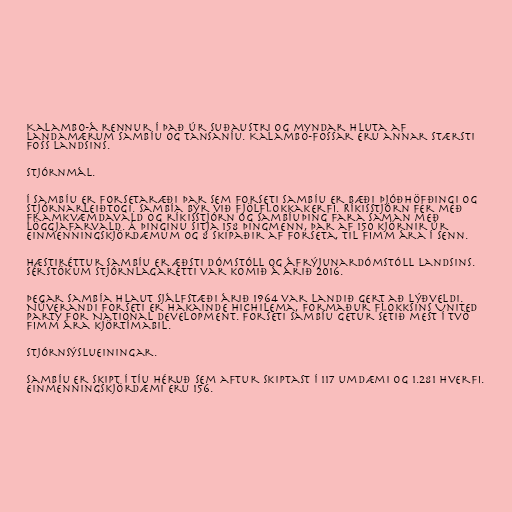
Kalambo-á rennur í það úr suðaustri og myndar hluta af
landamærum Sambíu og Tansaníu. Kalambo-fossar eru annar stærsti
foss landsins.

Stjórnmál.

Í Sambíu er forsetaræði þar sem forseti Sambíu er bæði þjóðhöfðingi og
stjórnarleiðtogi. Sambía býr við fjölflokkakerfi. Ríkisstjórn fer með
framkvæmdavald og ríkisstjórn og Sambíuþing fara saman með
löggjafarvald. Á þinginu sitja 158 þingmenn, þar af 150 kjörnir úr
einmenningskjördæmum og 8 skipaðir af forseta, til fimm ára í senn.

Hæstiréttur Sambíu er æðsti dómstóll og áfrýjunardómstóll landsins.
Sérstökum stjórnlagarétti var komið á árið 2016.

Þegar Sambía hlaut sjálfstæði árið 1964 var landið gert að lýðveldi.
Núverandi forseti er Hakainde Hichilema, formaður flokksins United
Party for National Development. Forseti Sambíu getur setið mest í tvö
fimm ára kjörtímabil.

Stjórnsýslueiningar.

Sambíu er skipt í tíu héruð sem aftur skiptast í 117 umdæmi og 1.281 hverfi.
Einmenningskjördæmi eru 156.